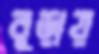
বুড়ায়